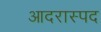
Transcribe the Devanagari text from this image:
आदरास्पद